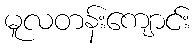
မူလတန်းကျောင်း